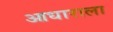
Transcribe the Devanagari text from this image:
आधाराला